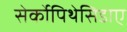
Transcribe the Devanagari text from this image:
सेर्कोपिथेसिडाए